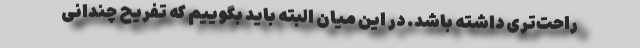
راحت‌تری داشته باشد. در این میان البته باید بگوییم که تفریح چندانی